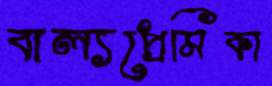
বাল্যপ্রেমিকা